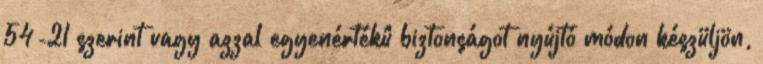
54-21 szerint vagy azzal egyenértékû biztonságot nyújtó módon készüljön,